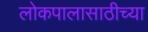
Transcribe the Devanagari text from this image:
लोकपालासाठीच्या